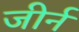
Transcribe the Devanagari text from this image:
जीर्न